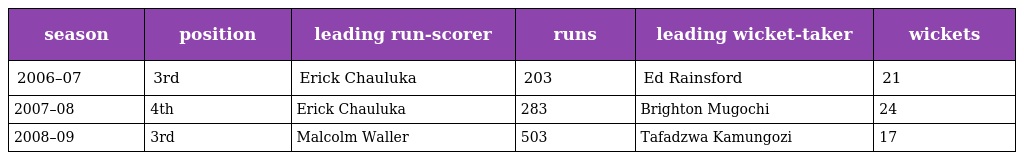
| season | position | leading run-scorer | runs | leading wicket-taker | wickets |
 | --- | --- | --- | --- | --- | --- |
 | 2006–07 | 3rd | Erick Chauluka | 203 | Ed Rainsford | 21 |
 | 2007–08 | 4th | Erick Chauluka | 283 | Brighton Mugochi | 24 |
 | 2008–09 | 3rd | Malcolm Waller | 503 | Tafadzwa Kamungozi | 17 |